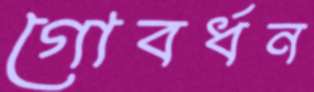
গোবর্ধন